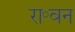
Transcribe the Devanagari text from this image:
रा॰वन